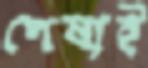
পেষাই